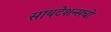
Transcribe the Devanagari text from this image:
सायटेशन्सची